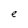
Character: e